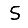
Digit: 5